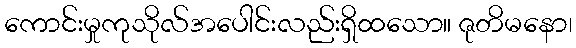
ကောင်းမှုကုသိုလ်အပေါင်းလည်းရှိထသော။ ဇုတိမနော၊